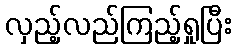
လှည့်လည်ကြည့်ရှုပြီး